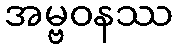
အမ္ဗဝနဿ